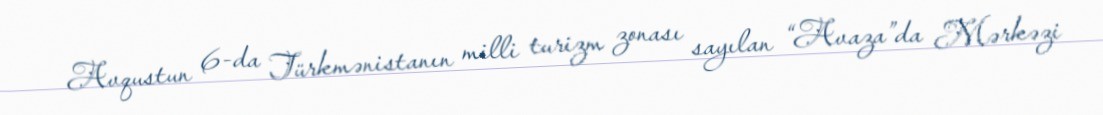
Avqustun 6-da Türkmənistanın milli turizm zonası sayılan “Avaza”da Mərkəzi